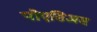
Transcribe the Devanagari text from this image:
पोएसिअस